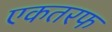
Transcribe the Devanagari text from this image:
एकतरफ